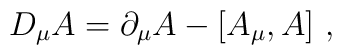
D_{\mu} A = \partial_{\mu} A - \left[ A_{\mu}, A \right]\, ,